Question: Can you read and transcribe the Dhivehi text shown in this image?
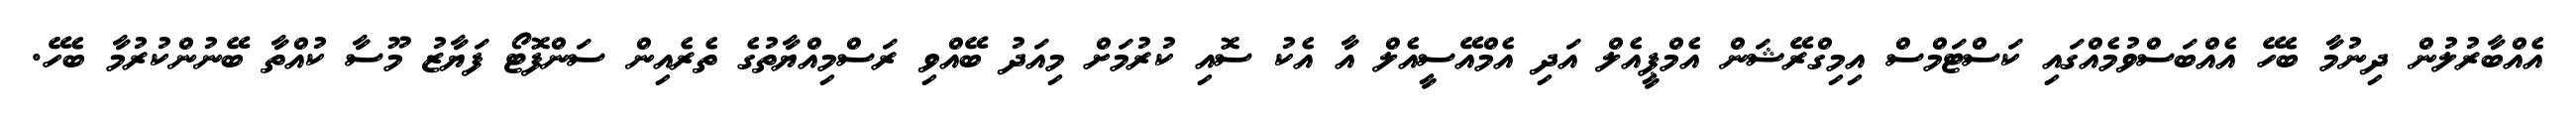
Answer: އެއްބާރުލުން ދިނުމާ ބެހޭ އެއްބަސްވުމެއްގައި ކަސްޓަމްސް އިމިގްރޭޝަން އެމްޕީއެލް އަދި އެމްއޭސީއެލް އާ އެކު ސޮއި ކުރުމަށް މިއަދު ބޭއްވި ރަސްމިއްޔާތުގެ ތެރެއިން ސަންފޮޓޯ ފަޔާޒު މޫސާ ކުއްތާ ބޭނުންކުރުމާ ބެހޭ.